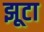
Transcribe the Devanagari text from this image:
झूटा